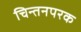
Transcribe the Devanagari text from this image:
चिन्तनपरक